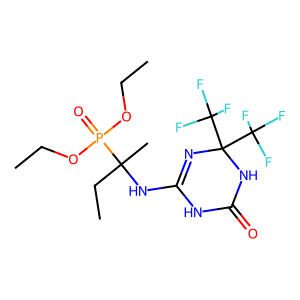
SMILES: CCOP(=O)(OCC)C(C)(CC)NC1=NC(C(F)(F)F)(C(F)(F)F)NC(=O)N1
Inhibits HIV replication: No